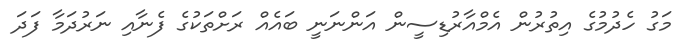
މަގު ހެދުމުގެ އިތުރުން އެމްއާރުޑިސީން އަންނަނީ ބައެއް ރަށްތަކުގެ ފެނާއި ނަރުދަމާ ފަދަ